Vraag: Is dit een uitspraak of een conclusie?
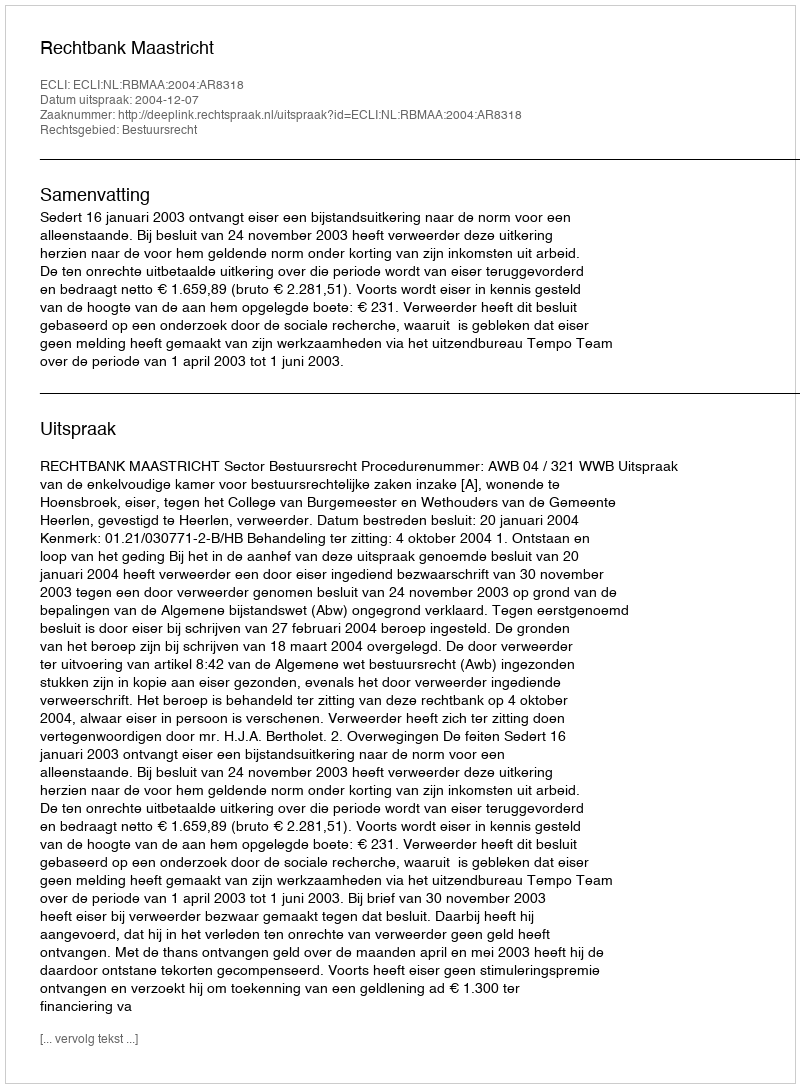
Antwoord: Uitspraak